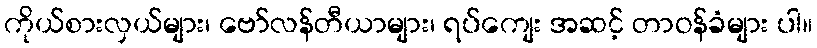
ကိုယ်စားလှယ်များ၊ ဗော်လန်တီယာများ၊ ရပ်ကျေး အဆင့် တာဝန်ခံများ ပါ။